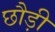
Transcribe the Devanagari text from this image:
छौड़ी